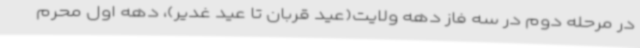
در مرحله دوم در سه فاز دهه ولایت(عید قربان تا عید غدیر)، دهه اول محرم